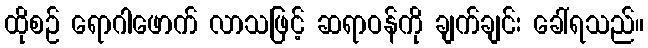
ထိုစဉ် ရောဂါဖောက် လာသဖြင့် ဆရာဝန်ကို ချက်ချင်း ခေါ်ရသည်။